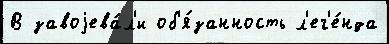
В завоjева́л'и об'я́занность л'ег'е́нда